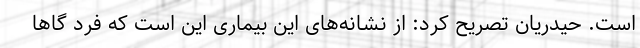
است. حیدریان تصریح کرد: از نشانه‌های این بیماری این است که فرد گاها